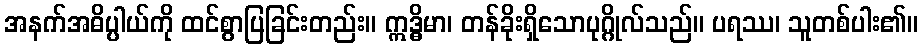
အနက်အဓိပ္ပါယ်ကို ထင်စွာပြခြင်းတည်း။ ဣဒ္ဓိမာ၊ တန်ခိုးရှိသောပုဂ္ဂိုလ်သည်။ ပရဿ၊ သူတစ်ပါး၏။